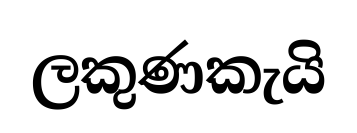
ලකුණකැයි